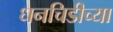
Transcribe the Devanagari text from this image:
धनचिडीच्या